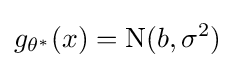
g_{\theta ^{*}}(x)=\mathrm {N} (b,\sigma ^{2})